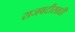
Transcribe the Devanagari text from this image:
राजवटीसाठी